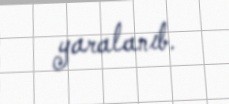
yaralanıb.